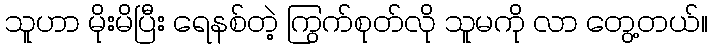
သူဟာ မိုးမိပြီး ရေနစ်တဲ့ ကြွက်စုတ်လို သူမကို လာ တွေ့တယ်။